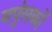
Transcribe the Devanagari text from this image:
नपुंसकों